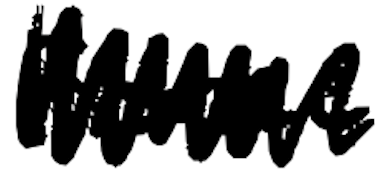
Text: France
Cross-out: zig-zag
Writing tool: digital_black